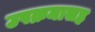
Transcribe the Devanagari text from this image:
उपक्रमासह